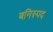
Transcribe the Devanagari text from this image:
बनिस्पद